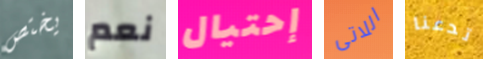
يختص نعم إحتيال اللاتى تدعنا